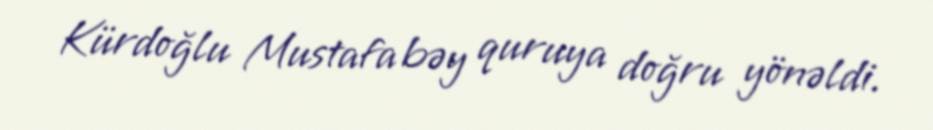
Kürdoğlu Mustafa bəy quruya doğru yönəldi.